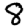
Digit: 8